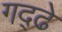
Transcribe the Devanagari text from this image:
गद्ढे